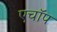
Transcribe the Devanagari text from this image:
एचॉप